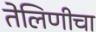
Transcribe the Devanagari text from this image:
तेलिणीचा